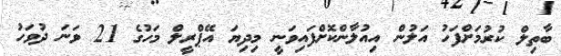
ބާތިލް ކުރުމަށްފަހު އަލުން އިއުލާންކޮށްފައިވަނީ މިދިޔަ އޭޕްރީލް މަހުގެ 21 ވަނަ ދުވަހު